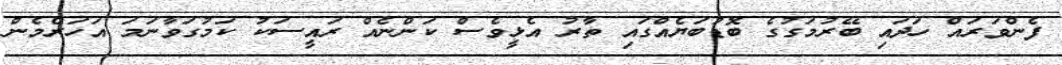
ފެންވަރައް ހަދައި ބޭރުމަގުގެ ބޮޑުބަޔެއްގައި ތާރު އެޅީވެސް ކަންނެއް ރައީސަކު ކަމުގަވާނަމަ އަހަރެމެން